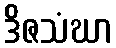
ဒိဇသံဃာ